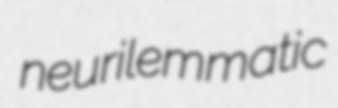
neurilemmatic